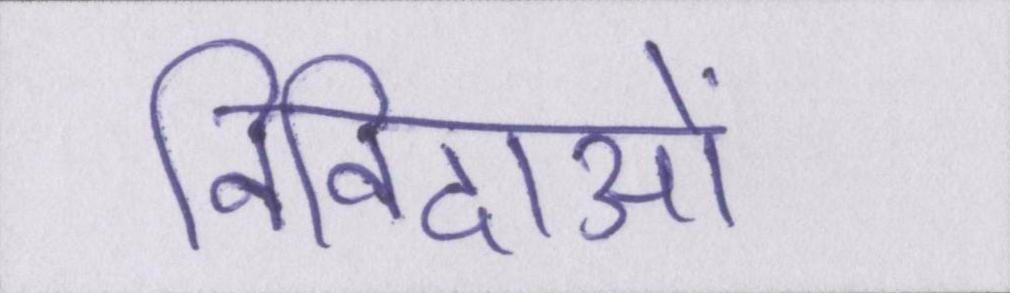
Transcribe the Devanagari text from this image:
निविदाओं